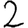
Digit: 2